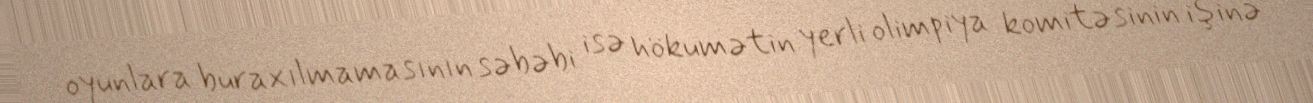
oyunlara buraxılmamasının səbəbi isə hökumətin yerli olimpiya komitəsinin işinə